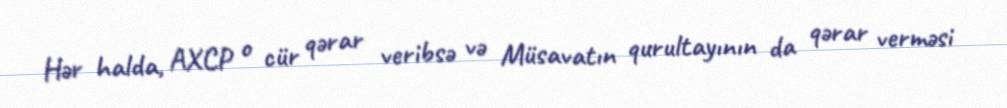
Hər halda, AXCP o cür qərar veribsə və Müsavatın qurultayının da qərar verməsi